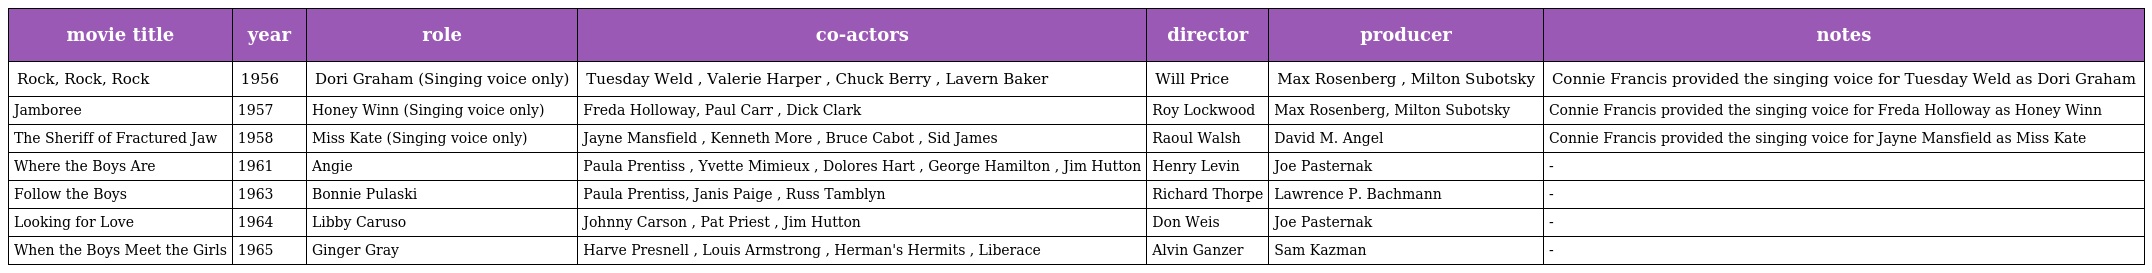
| movie title | year | role | co-actors | director | producer | notes |
 | --- | --- | --- | --- | --- | --- | --- |
 | Rock, Rock, Rock | 1956 | Dori Graham (Singing voice only) | Tuesday Weld , Valerie Harper , Chuck Berry , Lavern Baker | Will Price | Max Rosenberg , Milton Subotsky | Connie Francis provided the singing voice for Tuesday Weld as Dori Graham |
 | Jamboree | 1957 | Honey Winn (Singing voice only) | Freda Holloway, Paul Carr , Dick Clark | Roy Lockwood | Max Rosenberg, Milton Subotsky | Connie Francis provided the singing voice for Freda Holloway as Honey Winn |
 | The Sheriff of Fractured Jaw | 1958 | Miss Kate (Singing voice only) | Jayne Mansfield , Kenneth More , Bruce Cabot , Sid James | Raoul Walsh | David M. Angel | Connie Francis provided the singing voice for Jayne Mansfield as Miss Kate |
 | Where the Boys Are | 1961 | Angie | Paula Prentiss , Yvette Mimieux , Dolores Hart , George Hamilton , Jim Hutton | Henry Levin | Joe Pasternak | - |
 | Follow the Boys | 1963 | Bonnie Pulaski | Paula Prentiss, Janis Paige , Russ Tamblyn | Richard Thorpe | Lawrence P. Bachmann | - |
 | Looking for Love | 1964 | Libby Caruso | Johnny Carson , Pat Priest , Jim Hutton | Don Weis | Joe Pasternak | - |
 | When the Boys Meet the Girls | 1965 | Ginger Gray | Harve Presnell , Louis Armstrong , Herman's Hermits , Liberace | Alvin Ganzer | Sam Kazman | - |